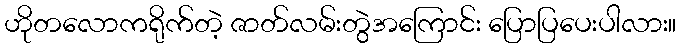
ဟိုတလောကရိုက်တဲ့ ဇာတ်လမ်းတွဲအကြောင်း ပြောပြပေးပါလား။